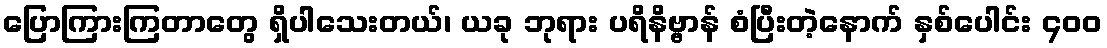
ပြောကြားကြတာတွေ ရှိပါသေးတယ်၊ ယခု ဘုရား ပရိနိဗ္ဗာန် စံပြီးတဲ့နောက် နှစ်ပေါင်း ၄၀၀